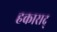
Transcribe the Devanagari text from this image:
हकाराद्